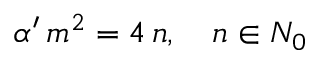
\alpha ^ { \prime } \, m ^ { 2 } = 4 \, n , \quad n \in N _ { 0 }